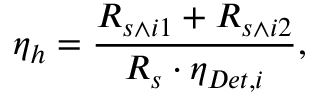
\eta _ { h } = \frac { R _ { s \wedge i 1 } + R _ { s \wedge i 2 } } { R _ { s } \cdot \eta _ { D e t , i } } ,